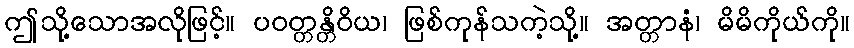
ဤသို့သောအလိုဖြင့်။ ပဝတ္တန္တိဝိယ၊ ဖြစ်ကုန်သကဲ့သို့။ အတ္တာနံ၊ မိမိကိုယ်ကို။